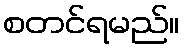
စတင်ရမည်။